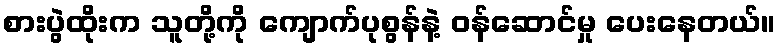
စားပွဲထိုးက သူတို့ကို ကျောက်ပုစွန်နဲ့ ဝန်ဆောင်မှု ပေးနေတယ်။